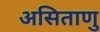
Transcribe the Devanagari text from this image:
असिताणु